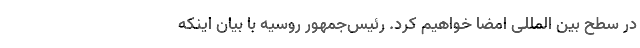
در سطح بین المللی امضا خواهیم کرد. رئیس‌جمهور روسیه با بیان اینکه